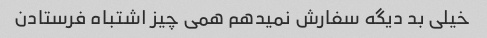
خیلی بد دیگه سفارش نمیدهم همی چیز اشتباه فرستادن